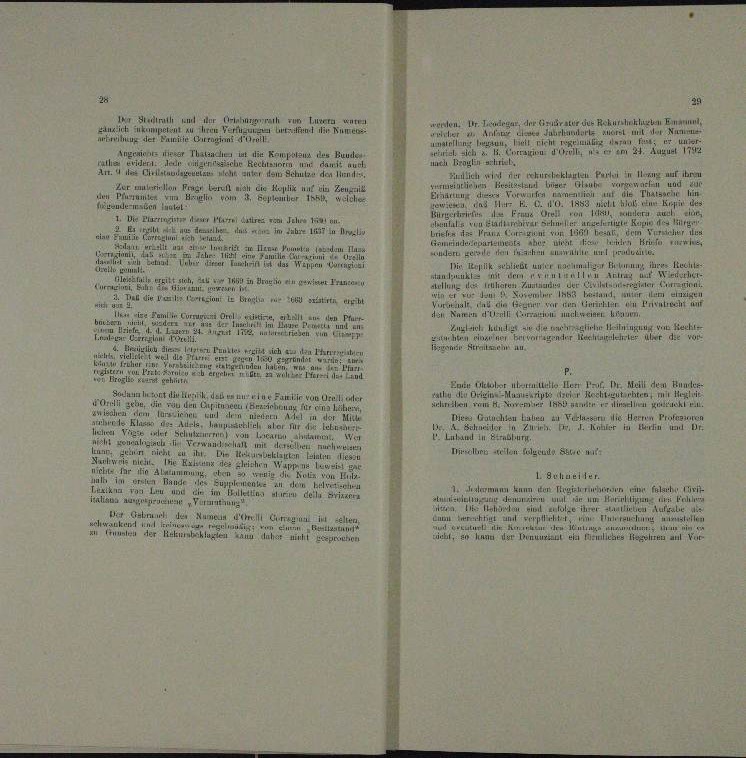
en
gen des Heirath und der Astehungsrath zum Luzern
erden. Dr. Liegen, der Heiratur das Rekurren En
in Verfügun
ni in der

e
.
ion
 Testalt ist der M
a
olus des Bund

de
i

ung der einen unter den in
                   der rekursbeklagten Partei in lirung auf ihren
Ler muliren Frage beruh
 ist die Regelte mit der Besiegen
u
¬
.
den. E
.

n
un
. Die A P LAI Jch 11 au-
u
.

¬

der Finander

a
u

er
 esedom II
 . . . . .

Bie Replik schlicht unter angereiung ihre
a
ver Rech
n
d

All
                  in ein von jener Francan
e
e
a
.

                                    der Brasilia mit der Bestiren ergibt

nicht wir
an nur einen un

iti, all zu den Pf
ber den der Freiten un
Zusich hunde an die nur mich singung von Recht
e

i
u

gender
e
ne Herrechen
.
 de

e Flur
n
p.
n
¬
n
a
Herr
Dr. Meill dem Bundes-
in Unter un
Rath

Jaun in hat die Musich, da es nur eine Famir von Orelle
  , die
 . . .
den Capitusen Frage

meste
aen in der
hten
2 zu Verlasser die
t

 term 10.
er
.

r

een eine
h
Irren und EA I
de in einen
laten lass

s der gleichen Hans lei

n

l. Schweiler.
e

demann kann den Urgiren zur falsch un

e

d
u einen einen an einen
 ......
Die Februn der Numme in Elter

.
u

.